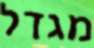
מגדל